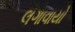
લગાવાયો